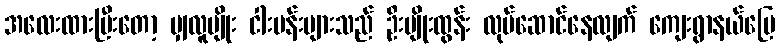
အလေးထားပြီးတော့ မျှလူမျိုး ငါးမန်းများသည် ဦးမျိုးထွန်း လုပ်ဆောင်နေလျက် ကျေးရွာနယ်မြေ